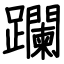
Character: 躝